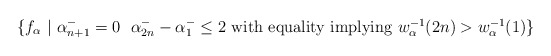
\begin{align*} \{f_\alpha \ | \ \alpha^-_{n+1}=0 \ \ \alpha^-_{2n}-\alpha^-_1 \leq 2 \ \hbox{with equality implying $w_\alpha^{-1}(2n) > w_\alpha^{-1}(1)$}\}\end{align*}